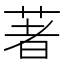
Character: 著